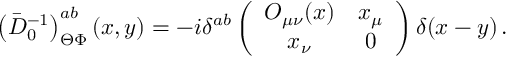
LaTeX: \left( \bar { D } _ { 0 } ^ { - 1 } \right) _ { \Theta \Phi } ^ { a b } ( x , y ) = - i \delta ^ { a b } \left( \begin{array} { c c } { { { \cal O } _ { \mu \nu } ( x ) } } & { { x _ { \mu } } } \\ { { x _ { \nu } } } & { { 0 } } \end{array} \right) \delta ( x - y ) \, .